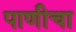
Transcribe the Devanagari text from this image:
पाणीचा